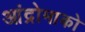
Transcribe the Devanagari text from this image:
आंद्रोमाको